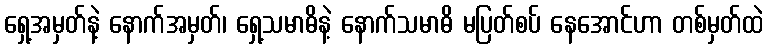
ရှေ့အမှတ်နဲ့ နောက်အမှတ်၊ ရှေ့သမာဓိနဲ့ နောက်သမာဓိ မပြတ်စပ် နေအောင်ဟာ တစ်မှတ်ထဲ